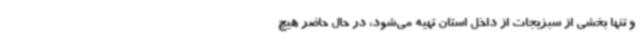
و تنها بخشی از سبزیجات از داخل استان تهیه می‌شود، در حال حاضر هیچ